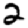
Digit: 2